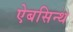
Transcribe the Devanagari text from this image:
ऐबसिन्थ